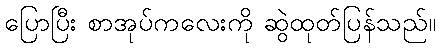
ပြောပြီး စာအုပ်ကလေးကို ဆွဲထုတ်ပြန်သည်။